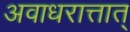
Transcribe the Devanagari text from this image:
अवाधरात्तात्